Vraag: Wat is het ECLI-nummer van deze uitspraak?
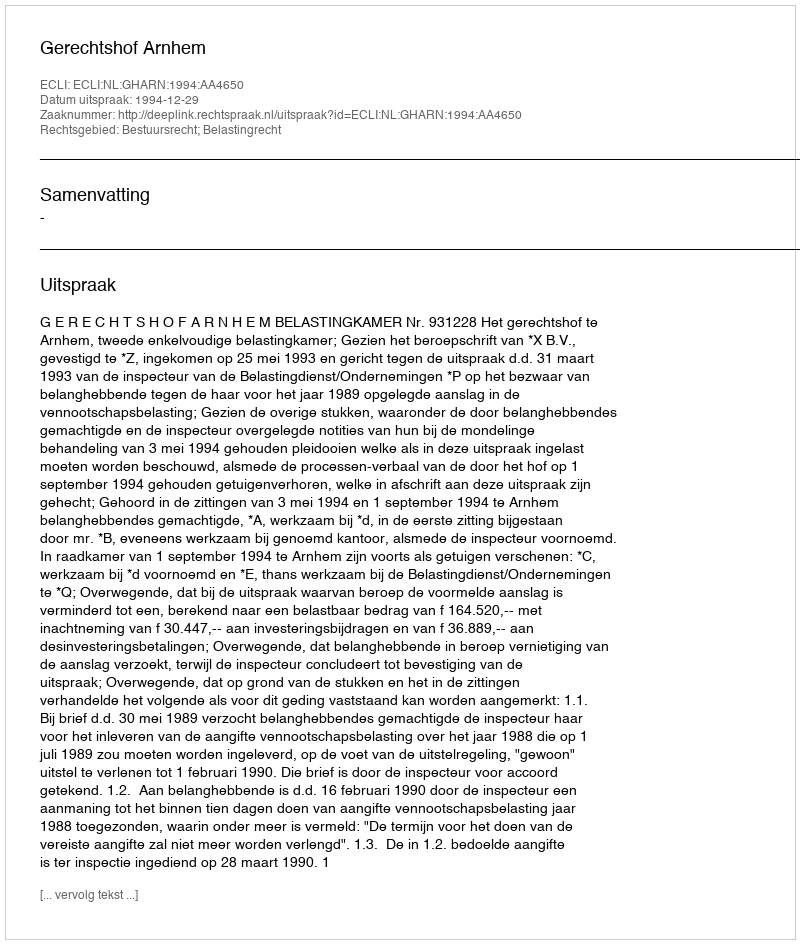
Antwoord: ECLI:NL:GHARN:1994:AA4650